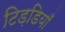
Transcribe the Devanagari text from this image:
टिड़डियाँ